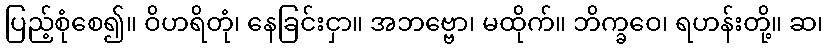
ပြည့်စုံစေ၍။ ဝိဟရိတုံ၊ နေခြင်းငှာ။ အဘဗ္ဗော၊ မထိုက်။ ဘိက္ခဝေ၊ ရဟန်းတို့။ ဆ၊